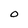
Character: o